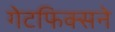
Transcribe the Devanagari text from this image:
गेटफिक्सने